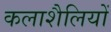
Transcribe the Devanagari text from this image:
कलाशैलियों